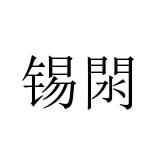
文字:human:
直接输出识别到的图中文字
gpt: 锡閖